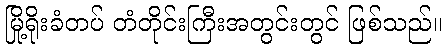
မြို့ရိုးခံတပ် တံတိုင်းကြီးအတွင်းတွင် ဖြစ်သည်။